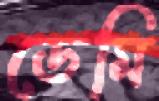
ডেমি